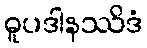
ဓူပဒါနဿိဒံ